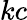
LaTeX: kc